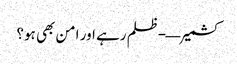
کشمیر—-ظلم رہے اور امن بھی ہو؟